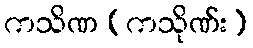
ကသိဏ (ကသိုဏ်း)